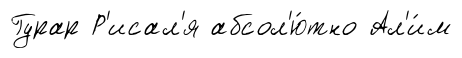
Гурар Р'исал'я абсол'ю́тно Ал'и́м